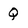
Character: Q